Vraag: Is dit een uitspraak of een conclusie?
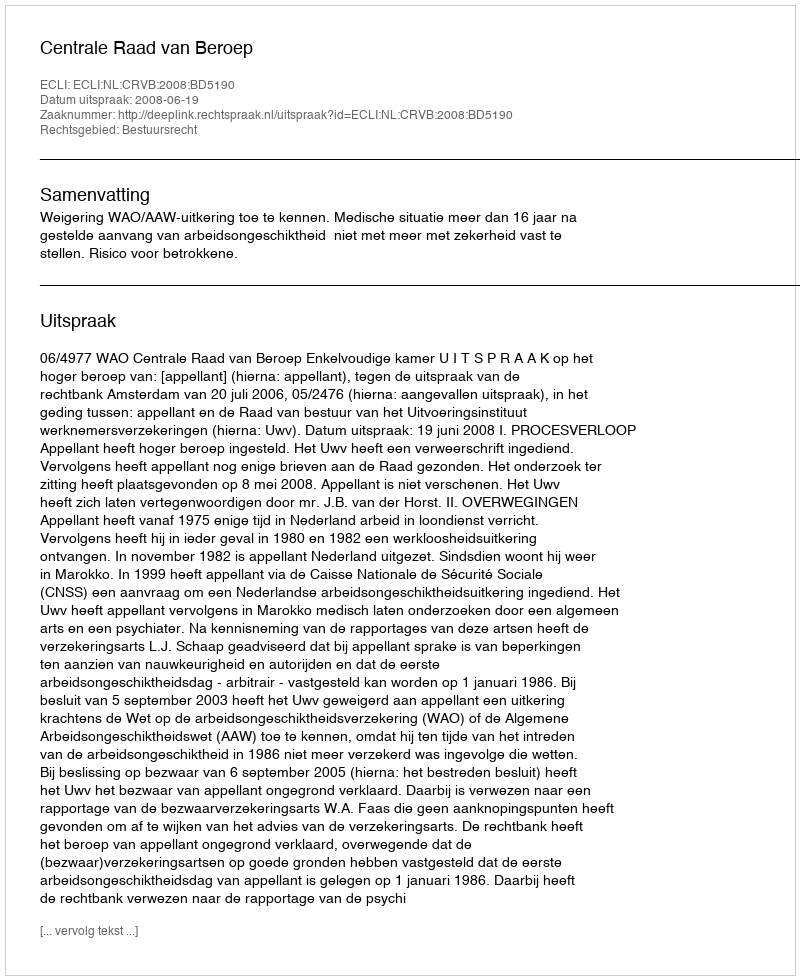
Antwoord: Uitspraak